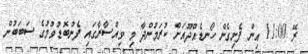
ރޭ 11:00 އިން ފެށިގެން ހޯނޑެއްދޫއަށް ކުރަމުންދާ މި ވިއްސާރާގައި ފެންބޮޑުވުމުގެ ސަބަބުން